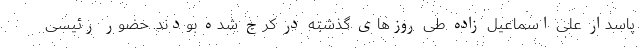
پاسدار علی اسماعیل زاده طی روزهای گذشته در کرج شده بودند. حضور رئیسی